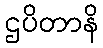
ဌပိတာနိ